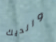
والديك